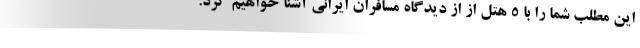
این مطلب شما را با 5 هتل از از دیدگاه مسافران ایرانی آشنا خواهیم کرد.